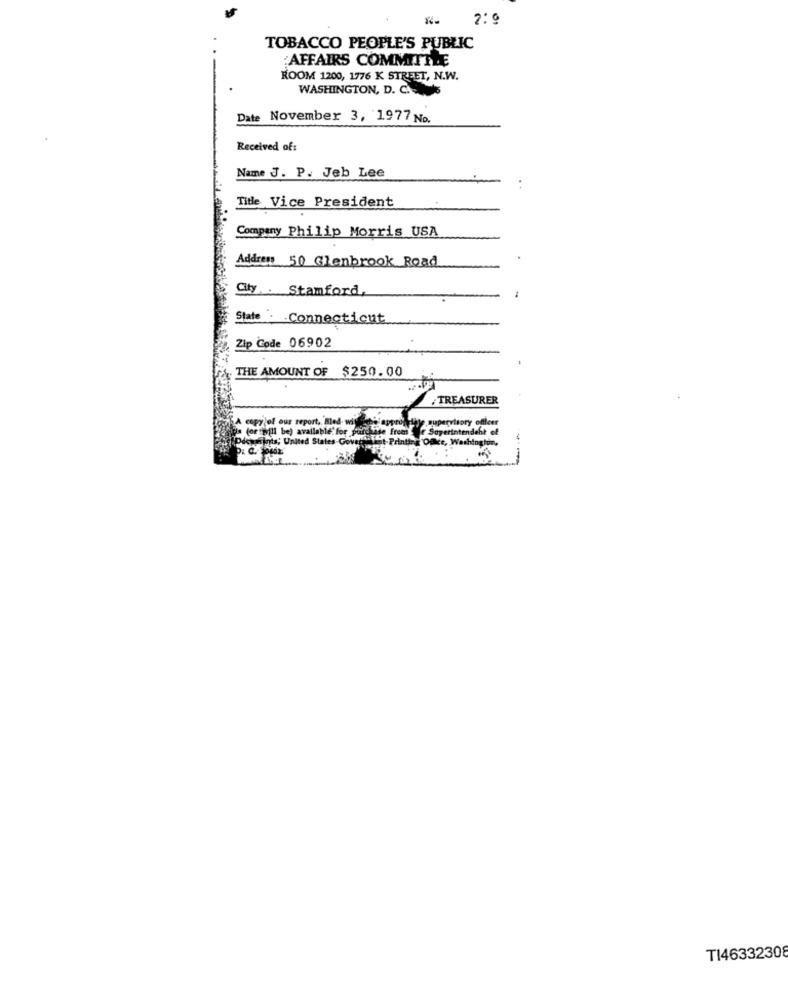
2: 9
TOBACCO PEOPLE'S PUBLIC
:AFFAIRS COMMITTEE
ROOM 1200, 1776 K STREET, N.W.
WASHINGTON, D. C.
Date November 3, 1977 No.
Received of:
Name J. P. Jeb Lee
Title Vice President
Company Philip Morris USA
Address 50 Glenbrook Road
City Stamford
State: Connecticut
Zip Code 06902
THE AMOUNT OF $250.00
TREASURER
yiof our report, Med- wise
supervisory officer
Will be) available" for pure
Jats: United States-Govert
deht of
TI46332308